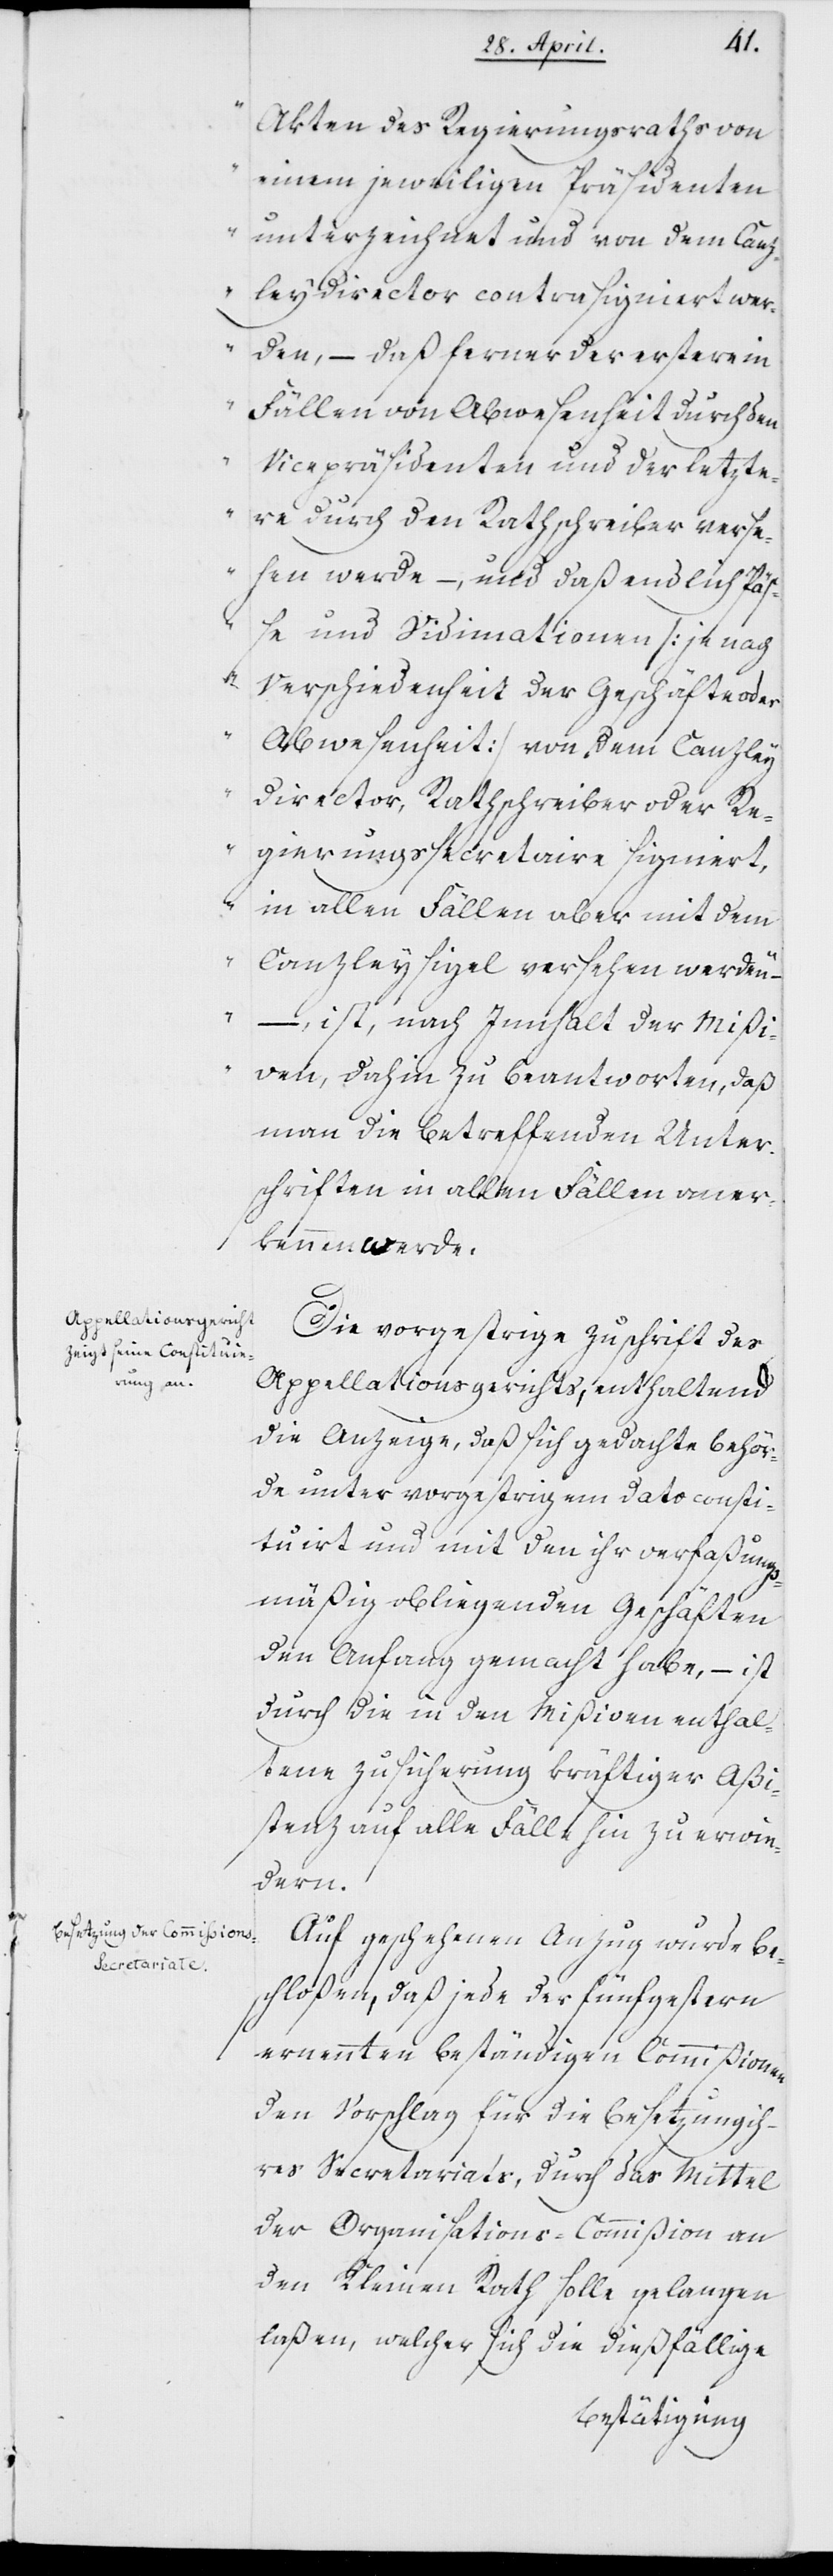
Akten des Regierungsraths von
einem jeweiligen Präsidenten
unterzeichnet und von dem Canz¬
leydirector contrasigniert wer¬
den, – daß ferner der erstere in
Fällen von Abwesenheit durch den
Vicepräsidenten und der letzte¬
re durch den Rathschreiber verse¬
hen werde, – und daß endlich Päß¬
e und Vidimationen (je nach
Verschiedenheit der Geschäfte oder
Abwesenheit) von dem Canzley¬
director, Rathschreiber oder Re¬
gierungssecretaire signiert,
in allen Fällen aber mit dem
Canzleysiegel versehen werden“
–, ist, nach Innhalt der Mißi¬
ven dahin zu beantworten, daß
man die betreffenden Unter¬
schriften in allen Fällen aner¬
kennen werde.
Die vorgestrige Zuschrift des
Appellationsgerichts, enthaltend
die Anzeige, daß sich gedachte Behör¬
de unter vorgestrigem Dato consti¬
tuirt und mit den ihr verfaßungs¬
mäßig obliegenden Geschäften
den Anfang gemacht habe, – ist
durch die in den Mißiven enthal¬
tene Zusicherung künftiger Aßi¬
stenz auf alle Fälle hin zu erwi¬
dern.
Auf geschehenen Anzug wurde be¬
schloßen, daß jede der fünf gestern
ernannten beständigen Commißionen
den Vorschlag für die Besetzung ih¬
res Secretariats, durch das Mittel
der Organisations-Commißion an
den Kleinen Rath solle gelangen
laßen, welcher sich die dießfällige